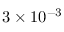
3 \times 1 0 ^ { - 3 }